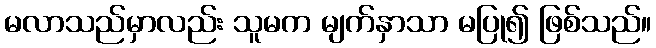
မလာသည်မှာလည်း သူမက မျက်နှာသာ မပြု၍ ဖြစ်သည်။